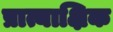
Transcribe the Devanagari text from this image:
प्रात्याक्षिक